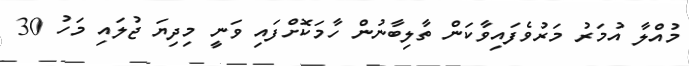
މުއްލާ އުމަރު މަރުވެފައިވާކަން ތާލިބާނުން ހާމަކޮށްފައި ވަނީ މިދިޔަ ޖުލައި މަހު 30